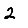
Digit: 2